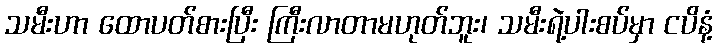
သမီးဟာ ထောပတ်စားပြီး ကြီးလာတာမဟုတ်ဘူး၊ သမီးရဲ့ပါးစပ်မှာ ငပိနံ့